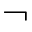
\neg